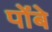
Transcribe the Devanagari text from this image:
पोंबे